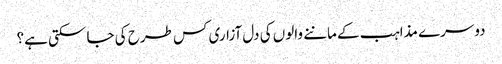
دوسرے مذاہب کے ماننے والوں کی دل آزاری کس طرح کی جا سکتی ہے؟